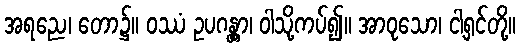
အရညေ၊ တော၌။ ဝဿံ ဥပဂန္တွာ၊ ဝါသို့ကပ်၍။ အာဝုသော၊ ငါ့ရှင်တို့။